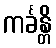
ကင်္ခန္တိ